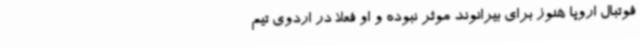
فوتبال اروپا هنوز برای بیرانوند موثر نبوده و او فعلا در اردوی تیم